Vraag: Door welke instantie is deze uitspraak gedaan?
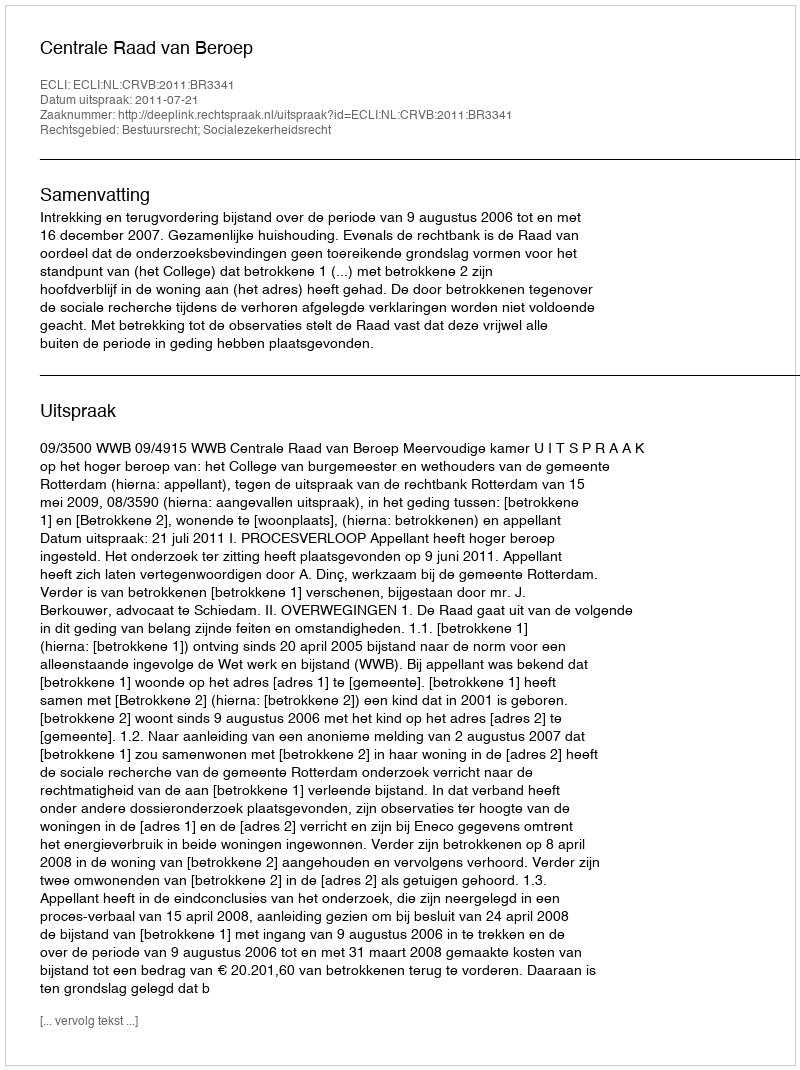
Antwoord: Centrale Raad van Beroep